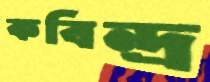
কবিন্দ্র